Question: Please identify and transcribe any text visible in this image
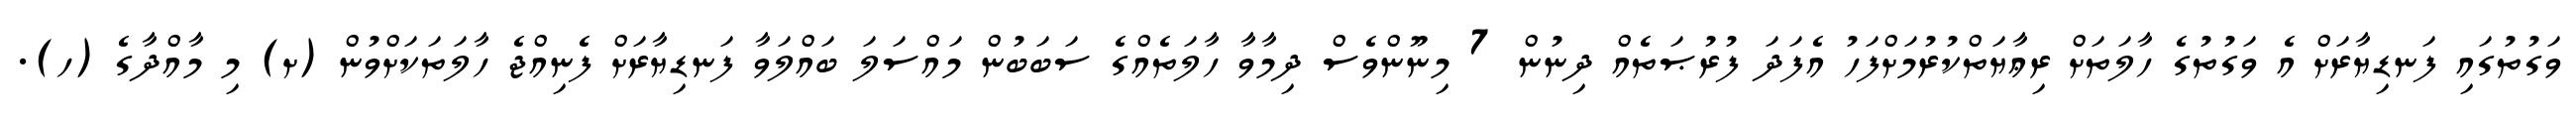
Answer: ވަގުތުގައި ފަނޑިޔާރަށް އެ ވަގުތުގެ ހާލަތަށް ރިޢާޔަތްކުރުމަށްފަހު އެފަދަ ފުރުޞަތެއް ދިނުން 7 މިނޫންވެސް ދިމާވާ ހާލަތެއްގެ ސަބަބުން މައްސަލަ ބައްލަވާ ފަނޑިޔާރަށް ފެނިއްޖެ ހާލަތަކަށްވުން (ށ) މި މާއްދާގެ (ހ).